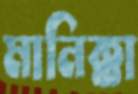
মানিক্কা